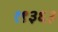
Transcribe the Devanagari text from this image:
१९३६३